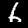
Label: 6